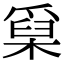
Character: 𤔥